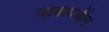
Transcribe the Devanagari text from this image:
जावामधील